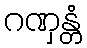
ဂဏှန္တံ